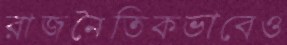
রাজনৈতিকভাবেও